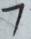
7